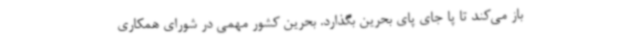
باز می‌کند تا پا جای پای بحرین بگذارد. بحرین کشور مهمی در شورای همکاری